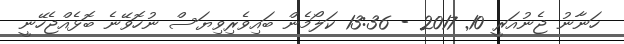
ހަނާނު ޖެނުއަރީ 10